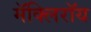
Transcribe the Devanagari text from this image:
मॅक्लिरॉय